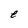
Character: e